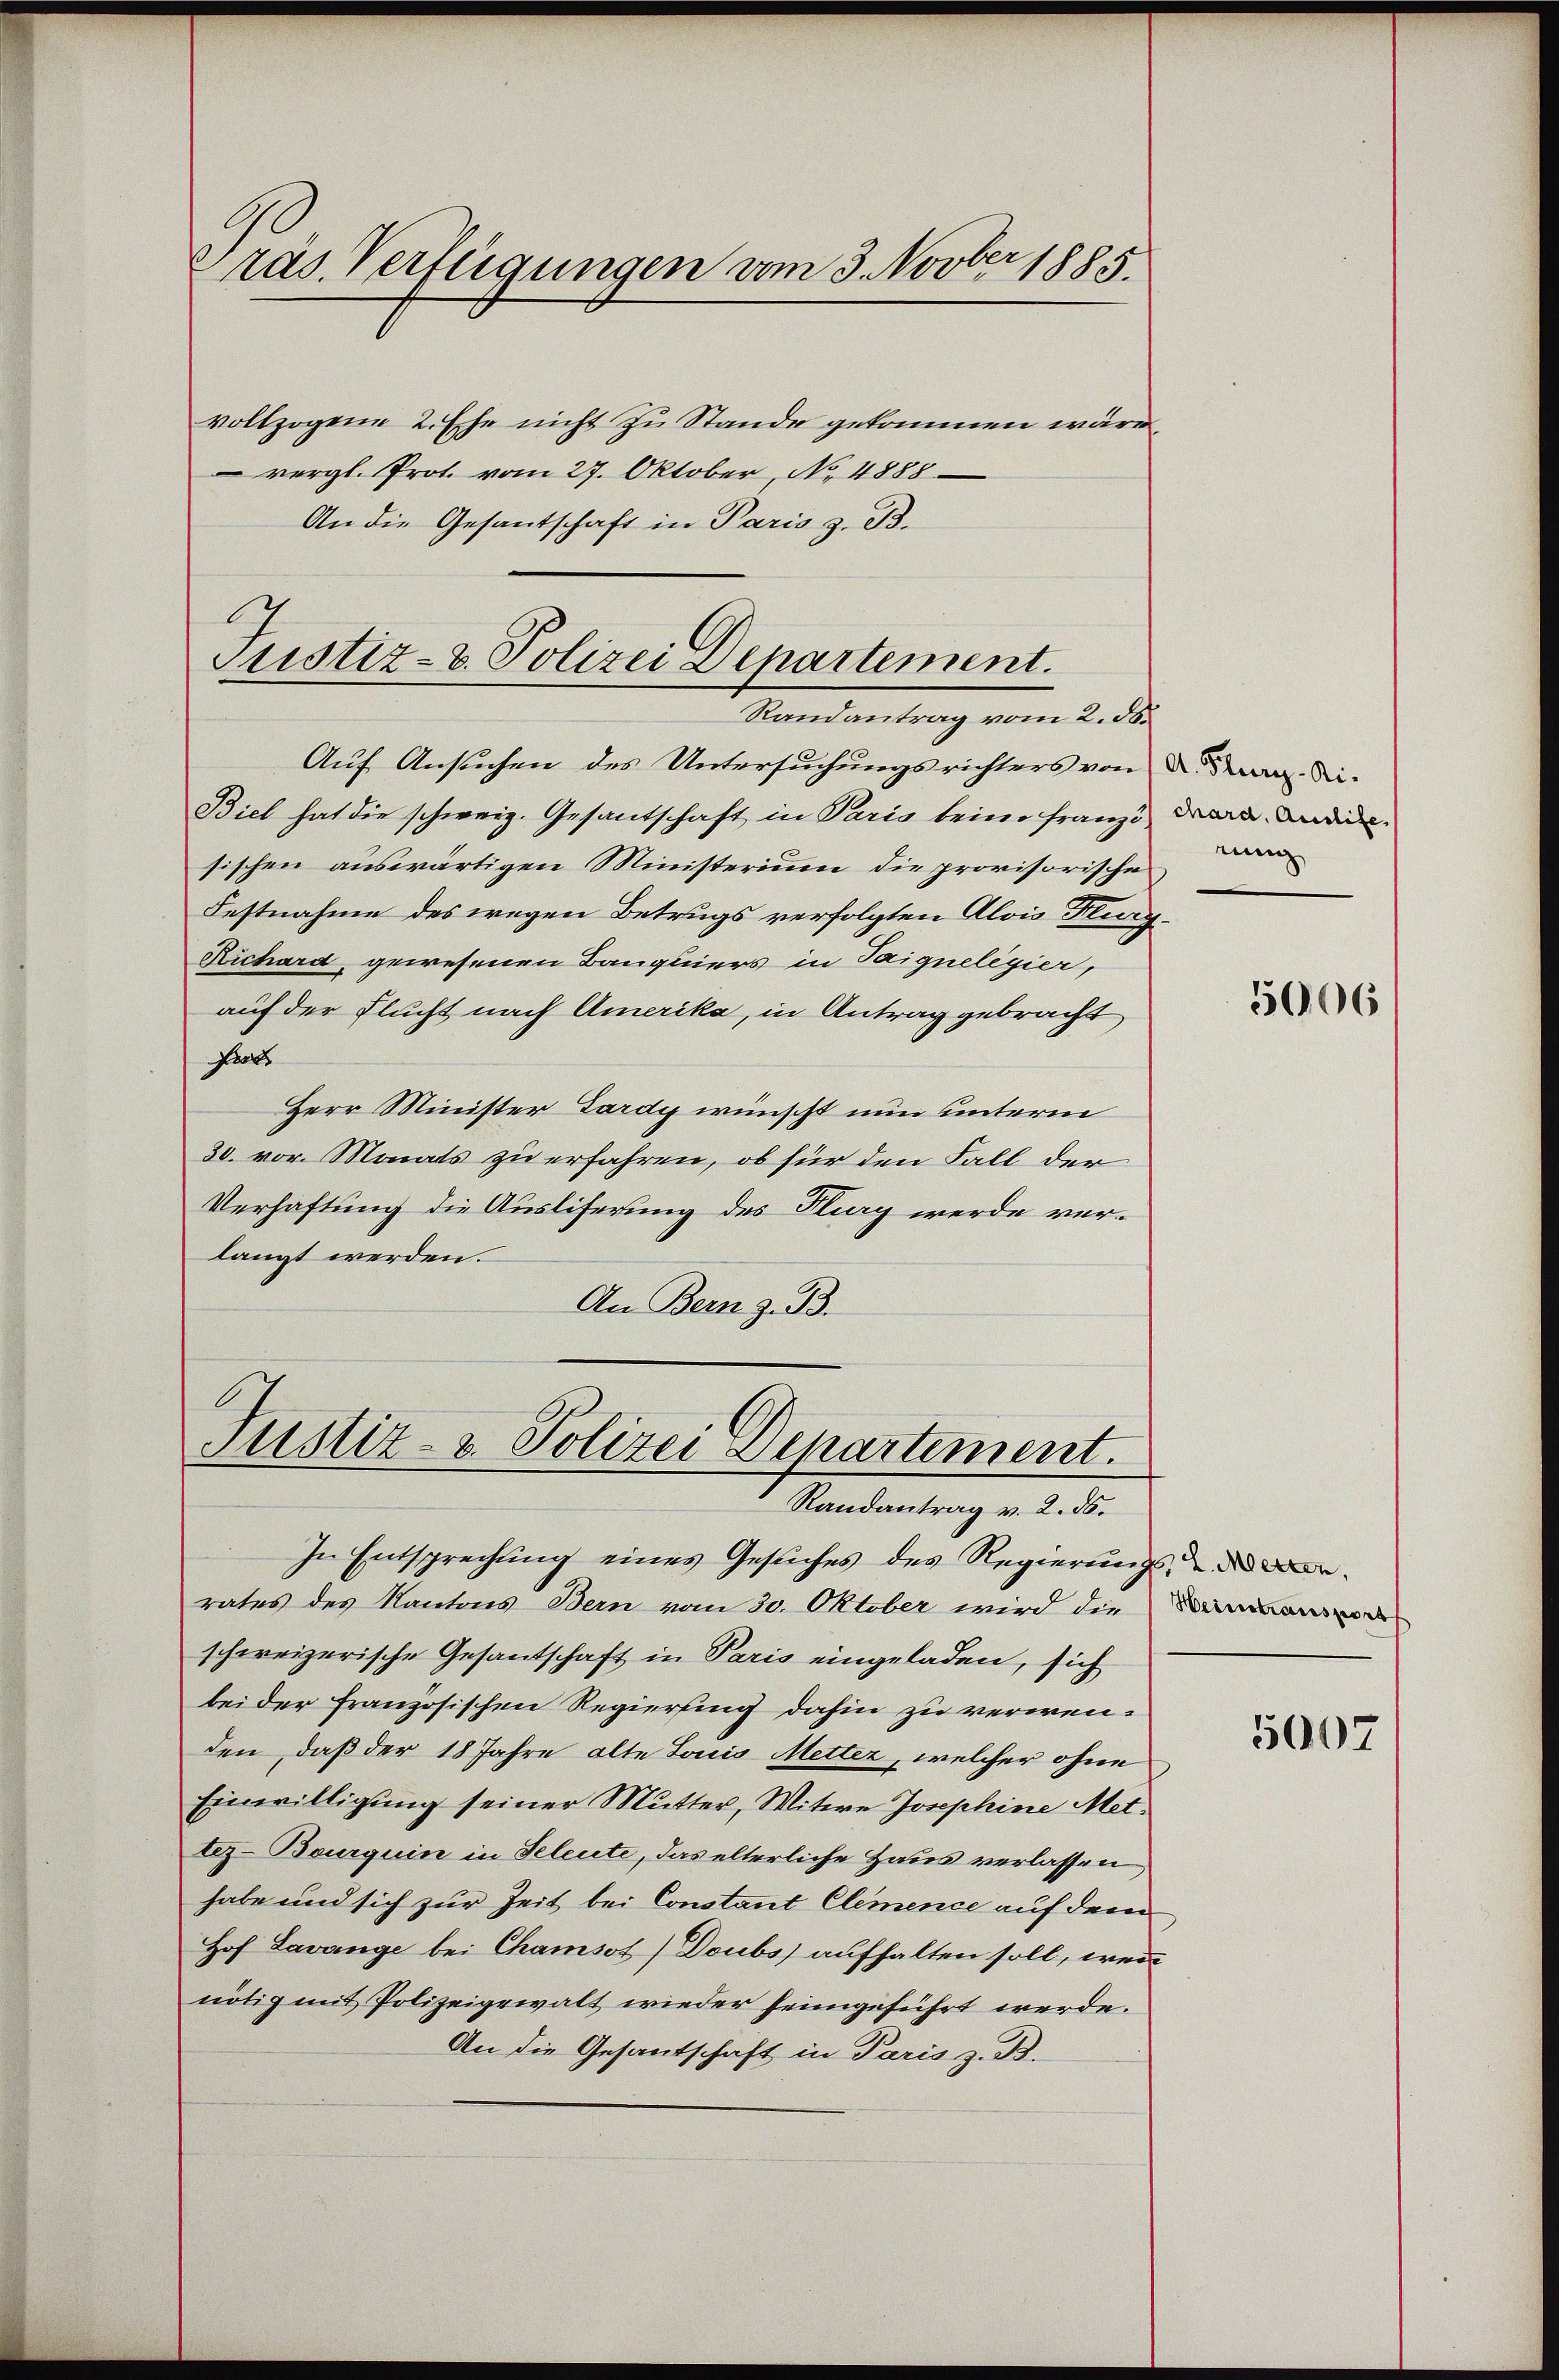
Präs. Verfügungen vom 3. Novber 1885.

vollzogene 2. Ehe nicht zu Stande gekommen wäre,
vergl. Prot. vom 27. Oktober, No. 4888
An die Gesantschaft in Paris z. B.

l
Justiz- & Polizei Departement.
Randantrag vom 2. 58.

Auf Ansuchen des Untersuchungsrichters von der Di¬
Biel hat die schweiz. Gesantschaft in Paris keine Franz drara Leide
sischen auswärtigen Ministerium die provisorische
Festnahme des wegen Betrugs verfolgten Alois Flurg¬
Richard, gewesenen Baugliers in Taignelegier,
auf der Flucht nach Amerika, in Antrag gebracht
Fra
Herr Minister Gardy wünscht nun unterm
30. vor. Monats zu erfahren, ob für den Fall der
Verhaftung die Ausliferung des Flug werde verlangt werden.
An Bern z. B.

Justiz- & Polizei Departement.
Randantrag v. 2. 55.

In Entsprechung eines Gesuches des Regierungs- des Berates des Kantons Bern vom 30. Oktober wird die
schweizerische Gesantschaft in Paris eingeladen, sich
bei der Französischen Regierung dahin zu verwenden, daß der 18 Jahre alte Louis Metter, welcher ohne
Einwilligung seiner Mutter, Witwe Josephine Mettez-Bourquin in Seleute, das elterliche Haus verlassen
habe und sich zur Zeit bei Constant Clemence auf dem
Hof Lavange bei Chamsot) Doubs aufhalten soll, wenn
nötig mit Polizeigewalt wieder heimgeführt werde.
An die Gesantschaft in Paris z. B.

rung

5006

Weinstransport

5007